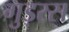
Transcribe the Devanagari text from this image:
गुड़रस